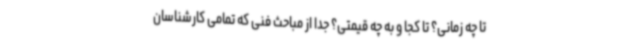
تا چه زمانی؟ تا کجا و به چه قیمتی؟ جدا از مباحث فنی که تمامی کارشناسان